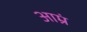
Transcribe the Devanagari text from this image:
आम्रं